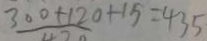
3 0 0 + 1 2 0 + 1 5 = 4 3 5